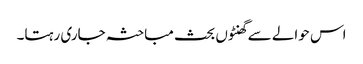
اس حوالے سے گھنٹوں بحث مباحثہ جاری رہتا۔